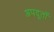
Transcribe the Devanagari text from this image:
अपदूतों